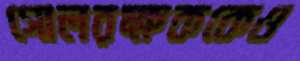
গোলরক্ষককেও